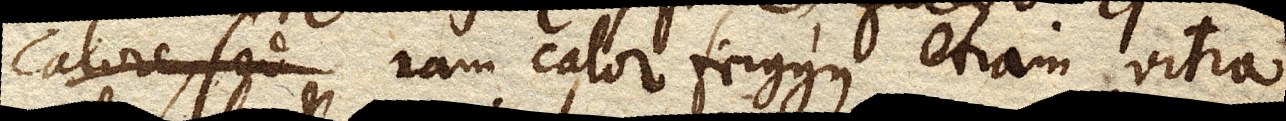
nam calor frigusque etiam vitra